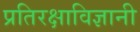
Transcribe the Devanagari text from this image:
प्रतिरक्षाविज्ञानी